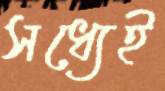
সধ্যেই